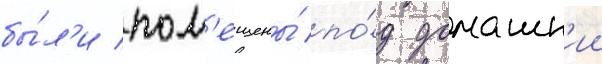
бы́л'и пом'ещены́ по́д домашн'ии